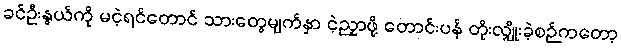
ခင်ဦးနွယ်ကို မငဲ့ရင်တောင် သားတွေမျက်နှာ ငဲ့ညှာဖို့ တောင်းပန် တိုးလျှိုးခဲ့စဉ်ကတော့